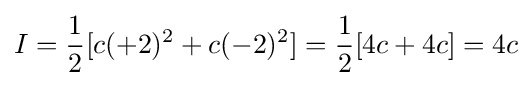
I={\frac {1}{2}}[c(+2)^{2}+c(-2)^{2}]={\frac {1}{2}}[4c+4c]=4c